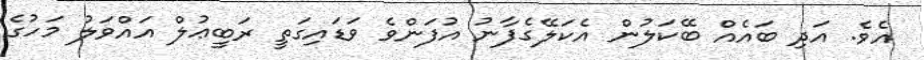
އެވެ. އަދި ބައެއް ބޭކަލުން އެކަލޭގެފާނު އުފަންވެ ވަޑައިގަތީ ރަބީޢުލް އައްވަލު މަހުގެ